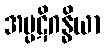
အပ္ပဋိဂန္ဓိယာ